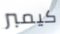
كيمبر